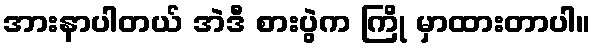
အားနာပါတယ် အဲဒီ စားပွဲက ကြို မှာထားတာပါ။